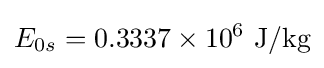
E_{0s}=0.3337\times 10^{6}{\text{ J/kg}}